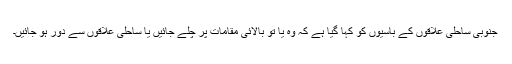
جنوبی ساحلی علاقوں کے باسیوں کو کہا گیا ہے کہ وہ یا تو بالائی مقامات پر چلے جائیں یا ساحلی علاقوں سے دور ہو جائیں۔